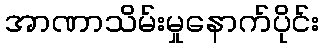
အာဏာသိမ်းမှုနောက်ပိုင်း